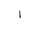
Letter: _alif